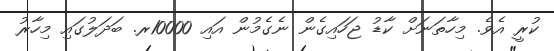
ކުރީ އެވެ. މިހާތަނަށް ކާޑު ޖަހައިގެން ނެގެމުން އައި 10000ރ. ބަދަލުގައި މިހާރު